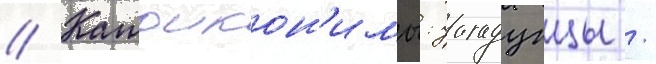
// Катоикон'имы: уагадугцы /